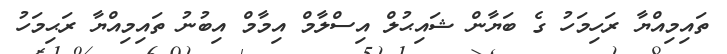
ތައިމިއްޔާ ރަހިމަހު ގެ ބަޔާން ޝައިޙުލް އިސްލާމް އިމާމް އިބުނު ތައިމިއްޔާ ރަޙިމަހު